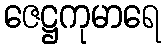
ဇေဋ္ဌကုမာရေ